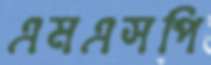
এমএসপি